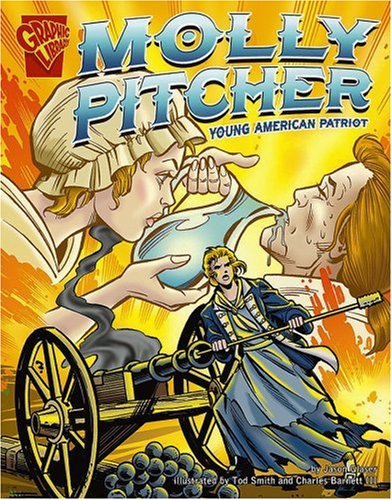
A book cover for Molly Pitcher: Young American Patriot (Graphic Biographies); Jason Glaser; Children's Books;